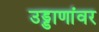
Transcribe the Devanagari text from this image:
उड्डाणांवर